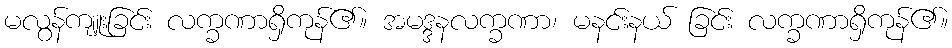
မလွန်ကျူးခြင်း လက္ခဏာရှိကုန်၏။ အမဒ္ဒနလက္ခဏာ၊ မနင်းနယ် ခြင်း လက္ခဏာရှိကုန်၏။